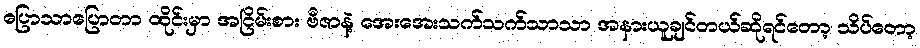
ပြောသာပြောတာ ထိုင်းမှာ အငြိမ်းစား ဗီဇာနဲ့ အေးအေးသက်သက်သာသာ အနားယူချင်တယ်ဆိုရင်တော့ သိပ်တော့